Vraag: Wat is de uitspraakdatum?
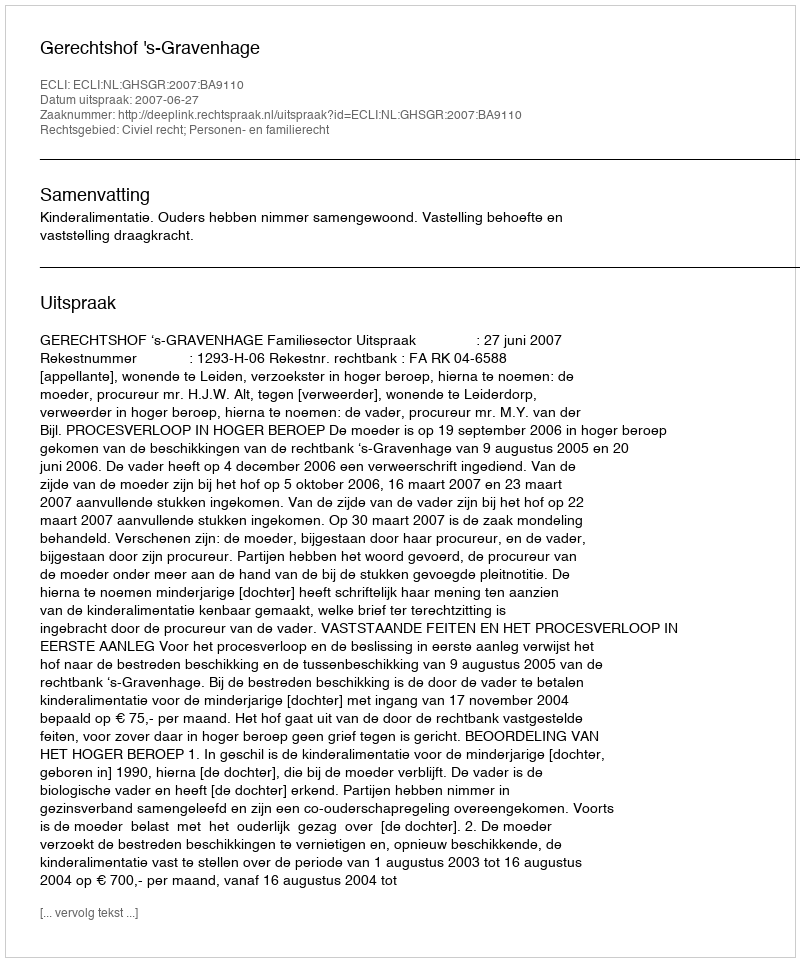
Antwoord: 2007-06-27